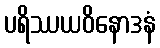
ပရိဿယဝိနောဒနံ